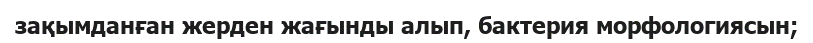
зақымданған жерден жағынды алып, бактерия морфологиясын;